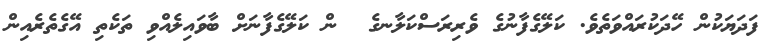
ފަދަޔަކުން ހޭދަކުރައްވަތެވެ. ކަލޭގެފާނުގެ ވެރިރަސްކަލާނގެ  ން ކަލޭގެފާނަށް ބާވައިލެއްވި ތަކެތި އޭގެތެރެއިން